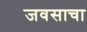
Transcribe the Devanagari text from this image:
जवसाचा